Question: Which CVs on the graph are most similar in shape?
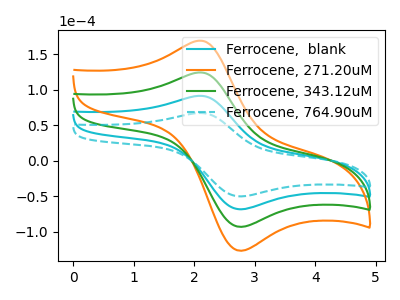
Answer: <think>The cyan curve "Ferrocene,  blank" has an anodic peak at (2.10V, 91.30uA) and a cathodic peak at (2.80V, -68.50uA). The orange curve "Ferrocene, 271.20uM" has an anodic peak at (2.10V, 273.85uA) and a cathodic peak at (2.80V, -205.55uA). The green curve "Ferrocene, 343.12uM" has an anodic peak at (2.10V, 182.55uA) and a cathodic peak at (2.80V, -137.05uA). The cyan dashed curve "Ferrocene, 764.90uM" has an anodic peak at (2.10V, 67.10uA) and a cathodic peak at (2.80V, -50.35uA).
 All the peaks in "Ferrocene,  blank" have a peak in "Ferrocene, 271.20uM" at the same potential. Every peak in "Ferrocene,  blank" is lower than every peak in "Ferrocene, 271.20uM". All the peaks in "Ferrocene,  blank" have a peak in "Ferrocene, 343.12uM" at the same potential. Every peak in "Ferrocene,  blank" is lower than every peak in "Ferrocene, 343.12uM". All the peaks in "Ferrocene,  blank" have a peak in "Ferrocene, 764.90uM" at the same potential. Every peak in "Ferrocene,  blank" is higher than every peak in "Ferrocene, 764.90uM". All the peaks in "Ferrocene, 271.20uM" have a peak in "Ferrocene, 343.12uM" at the same potential. Every peak in "Ferrocene, 271.20uM" is higher than every peak in "Ferrocene, 343.12uM". All the peaks in "Ferrocene, 271.20uM" have a peak in "Ferrocene, 764.90uM" at the same potential. Every peak in "Ferrocene, 271.20uM" is higher than every peak in "Ferrocene, 764.90uM". All the peaks in "Ferrocene, 343.12uM" have a peak in "Ferrocene, 764.90uM" at the same potential. Every peak in "Ferrocene, 343.12uM" is higher than every peak in "Ferrocene, 764.90uM".</think>
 <answer>"Ferrocene, 764.90uM", "Ferrocene,  blank", "Ferrocene, 271.20uM" and "Ferrocene, 343.12uM" have the same shape and are likely CV's of the same chemical.</answer>
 <eval>"Ferrocene, 764.90uM" "Ferrocene,  blank" "Ferrocene, 271.20uM" "Ferrocene, 343.12uM"</eval>